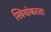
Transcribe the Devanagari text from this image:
स्त्रियांकरता